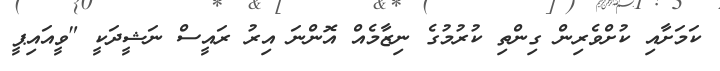
ކަމަށާއި ކުށްވެރިން ގިންތި ކުރުމުގެ ނިޒާމެއް އޮންނަ އިރު ރައީސް ނަޝީދަކީ "ވީއައިޕީ